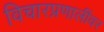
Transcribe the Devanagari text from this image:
विचारप्रणालींवर